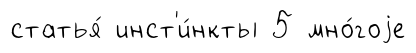
статья́ инст'и́нкты 5 мно́гоjе